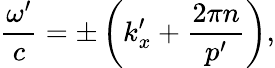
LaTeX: \frac{\omega^{\prime}}{c}=\pm\left(k_{x}^{\prime}+\frac{2\pi n}{p^{\prime}}\right),